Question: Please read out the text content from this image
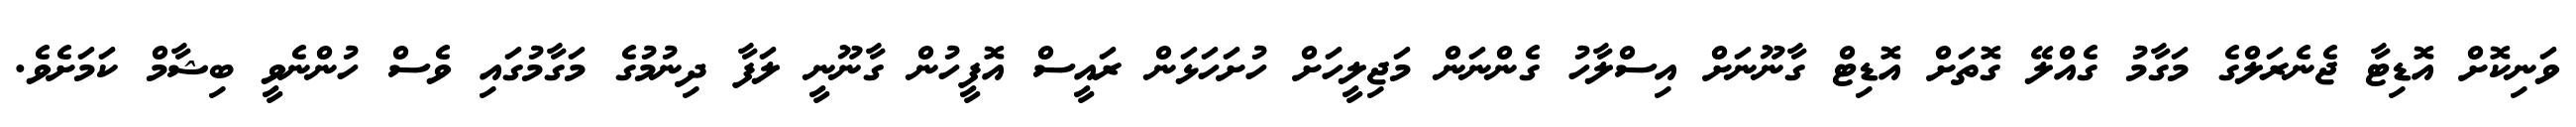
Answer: ވަނިކޮށް އޮޑިޓާ ޖެނެރަލްގެ މަގާމު ގެއްލޭ ގޮތަށް އޮޑިޓް ގާނޫނަށް އިސްލާހު ގެންނަން މަޖިލީހަށް ހުށަހަޅަން ރައީސް އޮފީހުން ގާނޫނީ ލަފާ ދިނުމުގެ މަގާމުގައި ވެސް ހުންނެވީ ބިޝާމް ކަމަށެވެ.